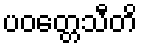
ပဝတ္တေသီတိ